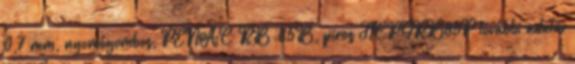
0,7 mm, nyomógombos, PENAC RB-85B, piros TICPGRB85P további adatai